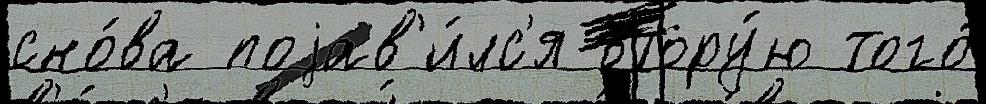
сно́ва поjав'и́лс'я втору́ю того́